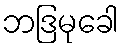
ဘဒြမုခေါ